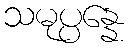
သမုပ္ပန္နေ